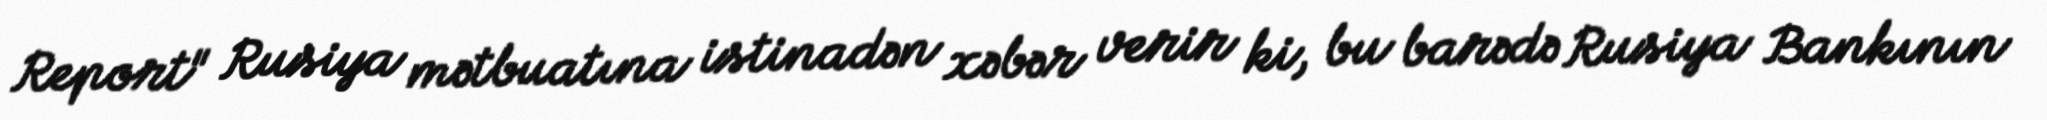
Report" Rusiya mətbuatına istinadən xəbər verir ki, bu barədə Rusiya Bankının